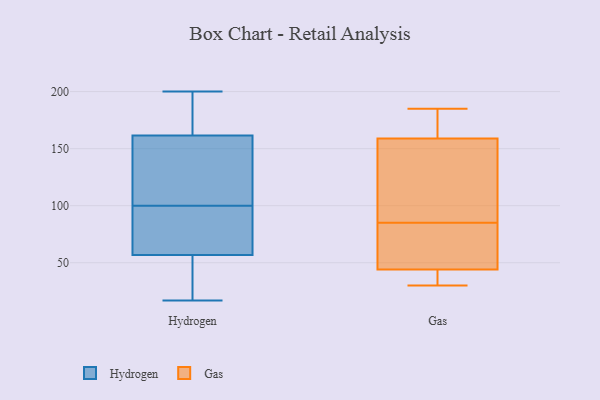
{"axis": {"x": "Production Output", "y": "Value"}, "legend": ["Gas", "Hydrogen"], "data": [{"x": "", "y": 65, "type": "Hydrogen"}, {"x": "", "y": 169, "type": "Hydrogen"}, {"x": "", "y": 17, "type": "Hydrogen"}, {"x": "", "y": 163, "type": "Hydrogen"}, {"x": "", "y": 157, "type": "Hydrogen"}, {"x": "", "y": 94, "type": "Hydrogen"}, {"x": "", "y": 114, "type": "Hydrogen"}, {"x": "", "y": 175, "type": "Hydrogen"}, {"x": "", "y": 200, "type": "Hydrogen"}, {"x": "", "y": 195, "type": "Hydrogen"}, {"x": "", "y": 23, "type": "Hydrogen"}, {"x": "", "y": 67, "type": "Hydrogen"}, {"x": "", "y": 100, "type": "Hydrogen"}, {"x": "", "y": 113, "type": "Hydrogen"}, {"x": "", "y": 77, "type": "Hydrogen"}, {"x": "", "y": 33, "type": "Hydrogen"}, {"x": "", "y": 32, "type": "Hydrogen"}, {"x": "", "y": 124, "type": "Hydrogen"}, {"x": "", "y": 54, "type": "Hydrogen"}, {"x": "", "y": 160, "type": "Gas"}, {"x": "", "y": 156, "type": "Gas"}, {"x": "", "y": 58, "type": "Gas"}, {"x": "", "y": 37, "type": "Gas"}, {"x": "", "y": 56, "type": "Gas"}, {"x": "", "y": 30, "type": "Gas"}, {"x": "", "y": 170, "type": "Gas"}, {"x": "", "y": 85, "type": "Gas"}, {"x": "", "y": 185, "type": "Gas"}, {"x": "", "y": 139, "type": "Gas"}, {"x": "", "y": 155, "type": "Gas"}, {"x": "", "y": 163, "type": "Gas"}, {"x": "", "y": 40, "type": "Gas"}, {"x": "", "y": 37, "type": "Gas"}, {"x": "", "y": 58, "type": "Gas"}]}